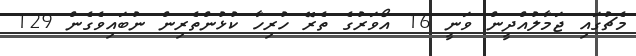
މެޗުގައި ޖަމާލުއްދީން ވަނީ 16 އޯވަރުގެ ތެރޭ ހުރިހާ ކުޅުންތެރިން ނުބައިވެގެން 129